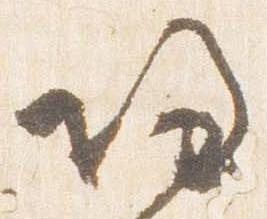
帰